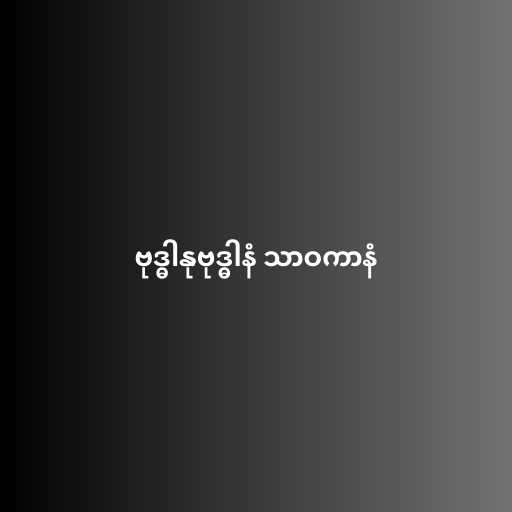
ဗုဒ္ဓါနုဗုဒ္ဓါနံ သာဝကာနံ